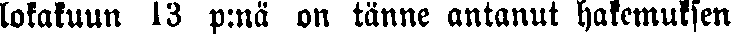
lokakuun 13 p:nä on tänne antanut hakemuksen